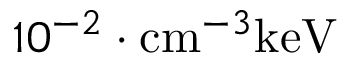
1 0 ^ { - 2 } \cdot \mathrm { c m } ^ { - 3 } \mathrm { k e V }